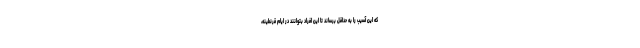
که این آسیب را به حداقل برساند تا این افراد بتوانند در ایام قرنطینه،